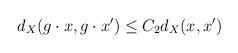
LaTeX: \begin{align*} d_{X}(g\cdot x,g\cdot x')\leq C_{2}d_{X}(x,x') \end{align*}